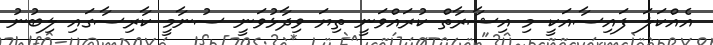
އެއްކަލަ ފައިސާއަކީ މި އިޝާރާތް ކުރައްވަނީ ތިޔަ ވިދާޅުވަނީ ސުނާމީ ކާރިސާގައި ލިބުނު